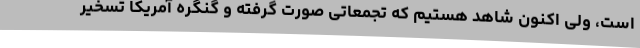
است، ولی اکنون شاهد هستیم که تجمعاتی صورت گرفته و گنگره آمریکا تسخیر